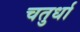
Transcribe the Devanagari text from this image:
चतुर्धा